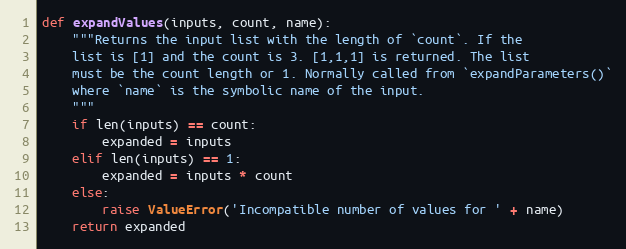
Language: Python
def expandValues(inputs, count, name):
    """Returns the input list with the length of `count`. If the
    list is [1] and the count is 3. [1,1,1] is returned. The list
    must be the count length or 1. Normally called from `expandParameters()`
    where `name` is the symbolic name of the input.
    """
    if len(inputs) == count:
        expanded = inputs
    elif len(inputs) == 1:
        expanded = inputs * count
    else:
        raise ValueError('Incompatible number of values for ' + name)
    return expanded